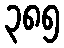
၃၈၅